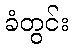
ခံတွင်း